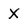
Character: X